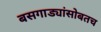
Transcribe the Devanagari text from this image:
बसगाड्यांसोबतच